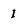
Character: I